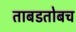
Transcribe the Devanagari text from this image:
ताबडतोबच